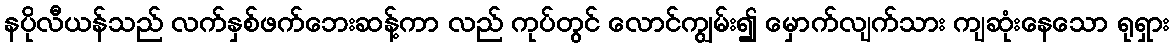
နပိုလီယန်သည် လက်နှစ်ဖက်ဘေးဆန့်ကာ လည် ကုပ်တွင် လောင်ကျွမ်း၍ မှောက်လျက်သား ကျဆုံးနေသော ရုရှား